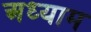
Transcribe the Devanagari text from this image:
अध्याम